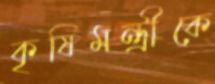
কৃষিমন্ত্রীকে